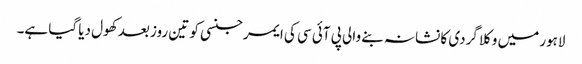
لاہور میں وکلا گردی کا نشانہ بنے والی پی آئی سی کی ایمرجنسی کو تین روز بعد کھول دیا گیا ہے۔